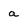
Character: a